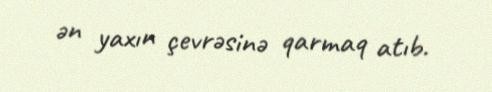
ən yaxın çevrəsinə qarmaq atıb.